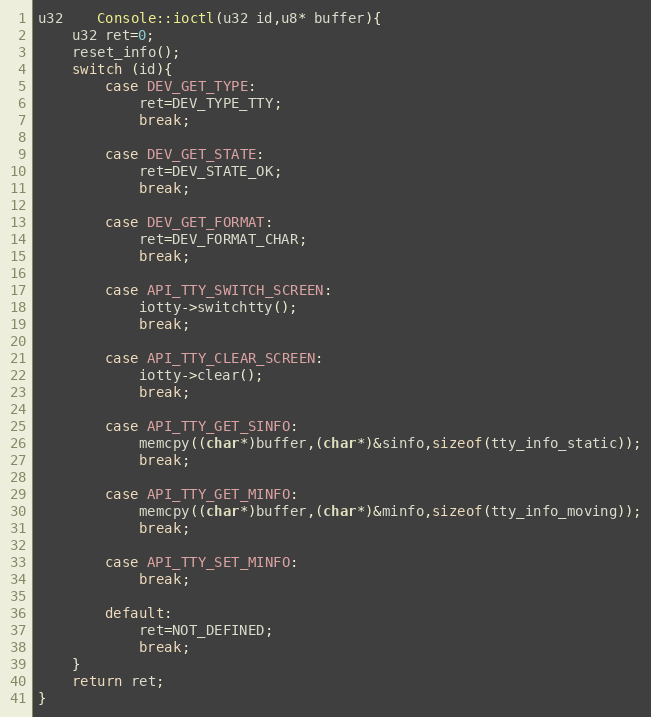
Language: C++
u32	Console::ioctl(u32 id,u8* buffer){
	u32 ret=0;
	reset_info();
	switch (id){
		case DEV_GET_TYPE:
			ret=DEV_TYPE_TTY;
			break;

		case DEV_GET_STATE:
			ret=DEV_STATE_OK;
			break;

		case DEV_GET_FORMAT:
			ret=DEV_FORMAT_CHAR;
			break;

		case API_TTY_SWITCH_SCREEN:
			iotty->switchtty();
			break;

		case API_TTY_CLEAR_SCREEN:
			iotty->clear();
			break;

		case API_TTY_GET_SINFO:
			memcpy((char*)buffer,(char*)&sinfo,sizeof(tty_info_static));
			break;

		case API_TTY_GET_MINFO:
			memcpy((char*)buffer,(char*)&minfo,sizeof(tty_info_moving));
			break;

		case API_TTY_SET_MINFO:
			break;

		default:
			ret=NOT_DEFINED;
			break;
	}
	return ret;
}